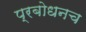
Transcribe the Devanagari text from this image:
प्रबोधनच